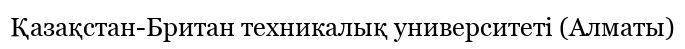
Қазақстан-Британ техникалық университеті (Алматы)